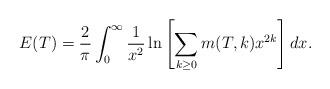
LaTeX: \begin{align*}E(T)=\frac{2}{\pi}\int^{\infty}_{0}\frac{1}{x^{2}}\ln\left[\sum\limits_{k\geq0}m(T,k)x^{2k}\right]dx.\end{align*}